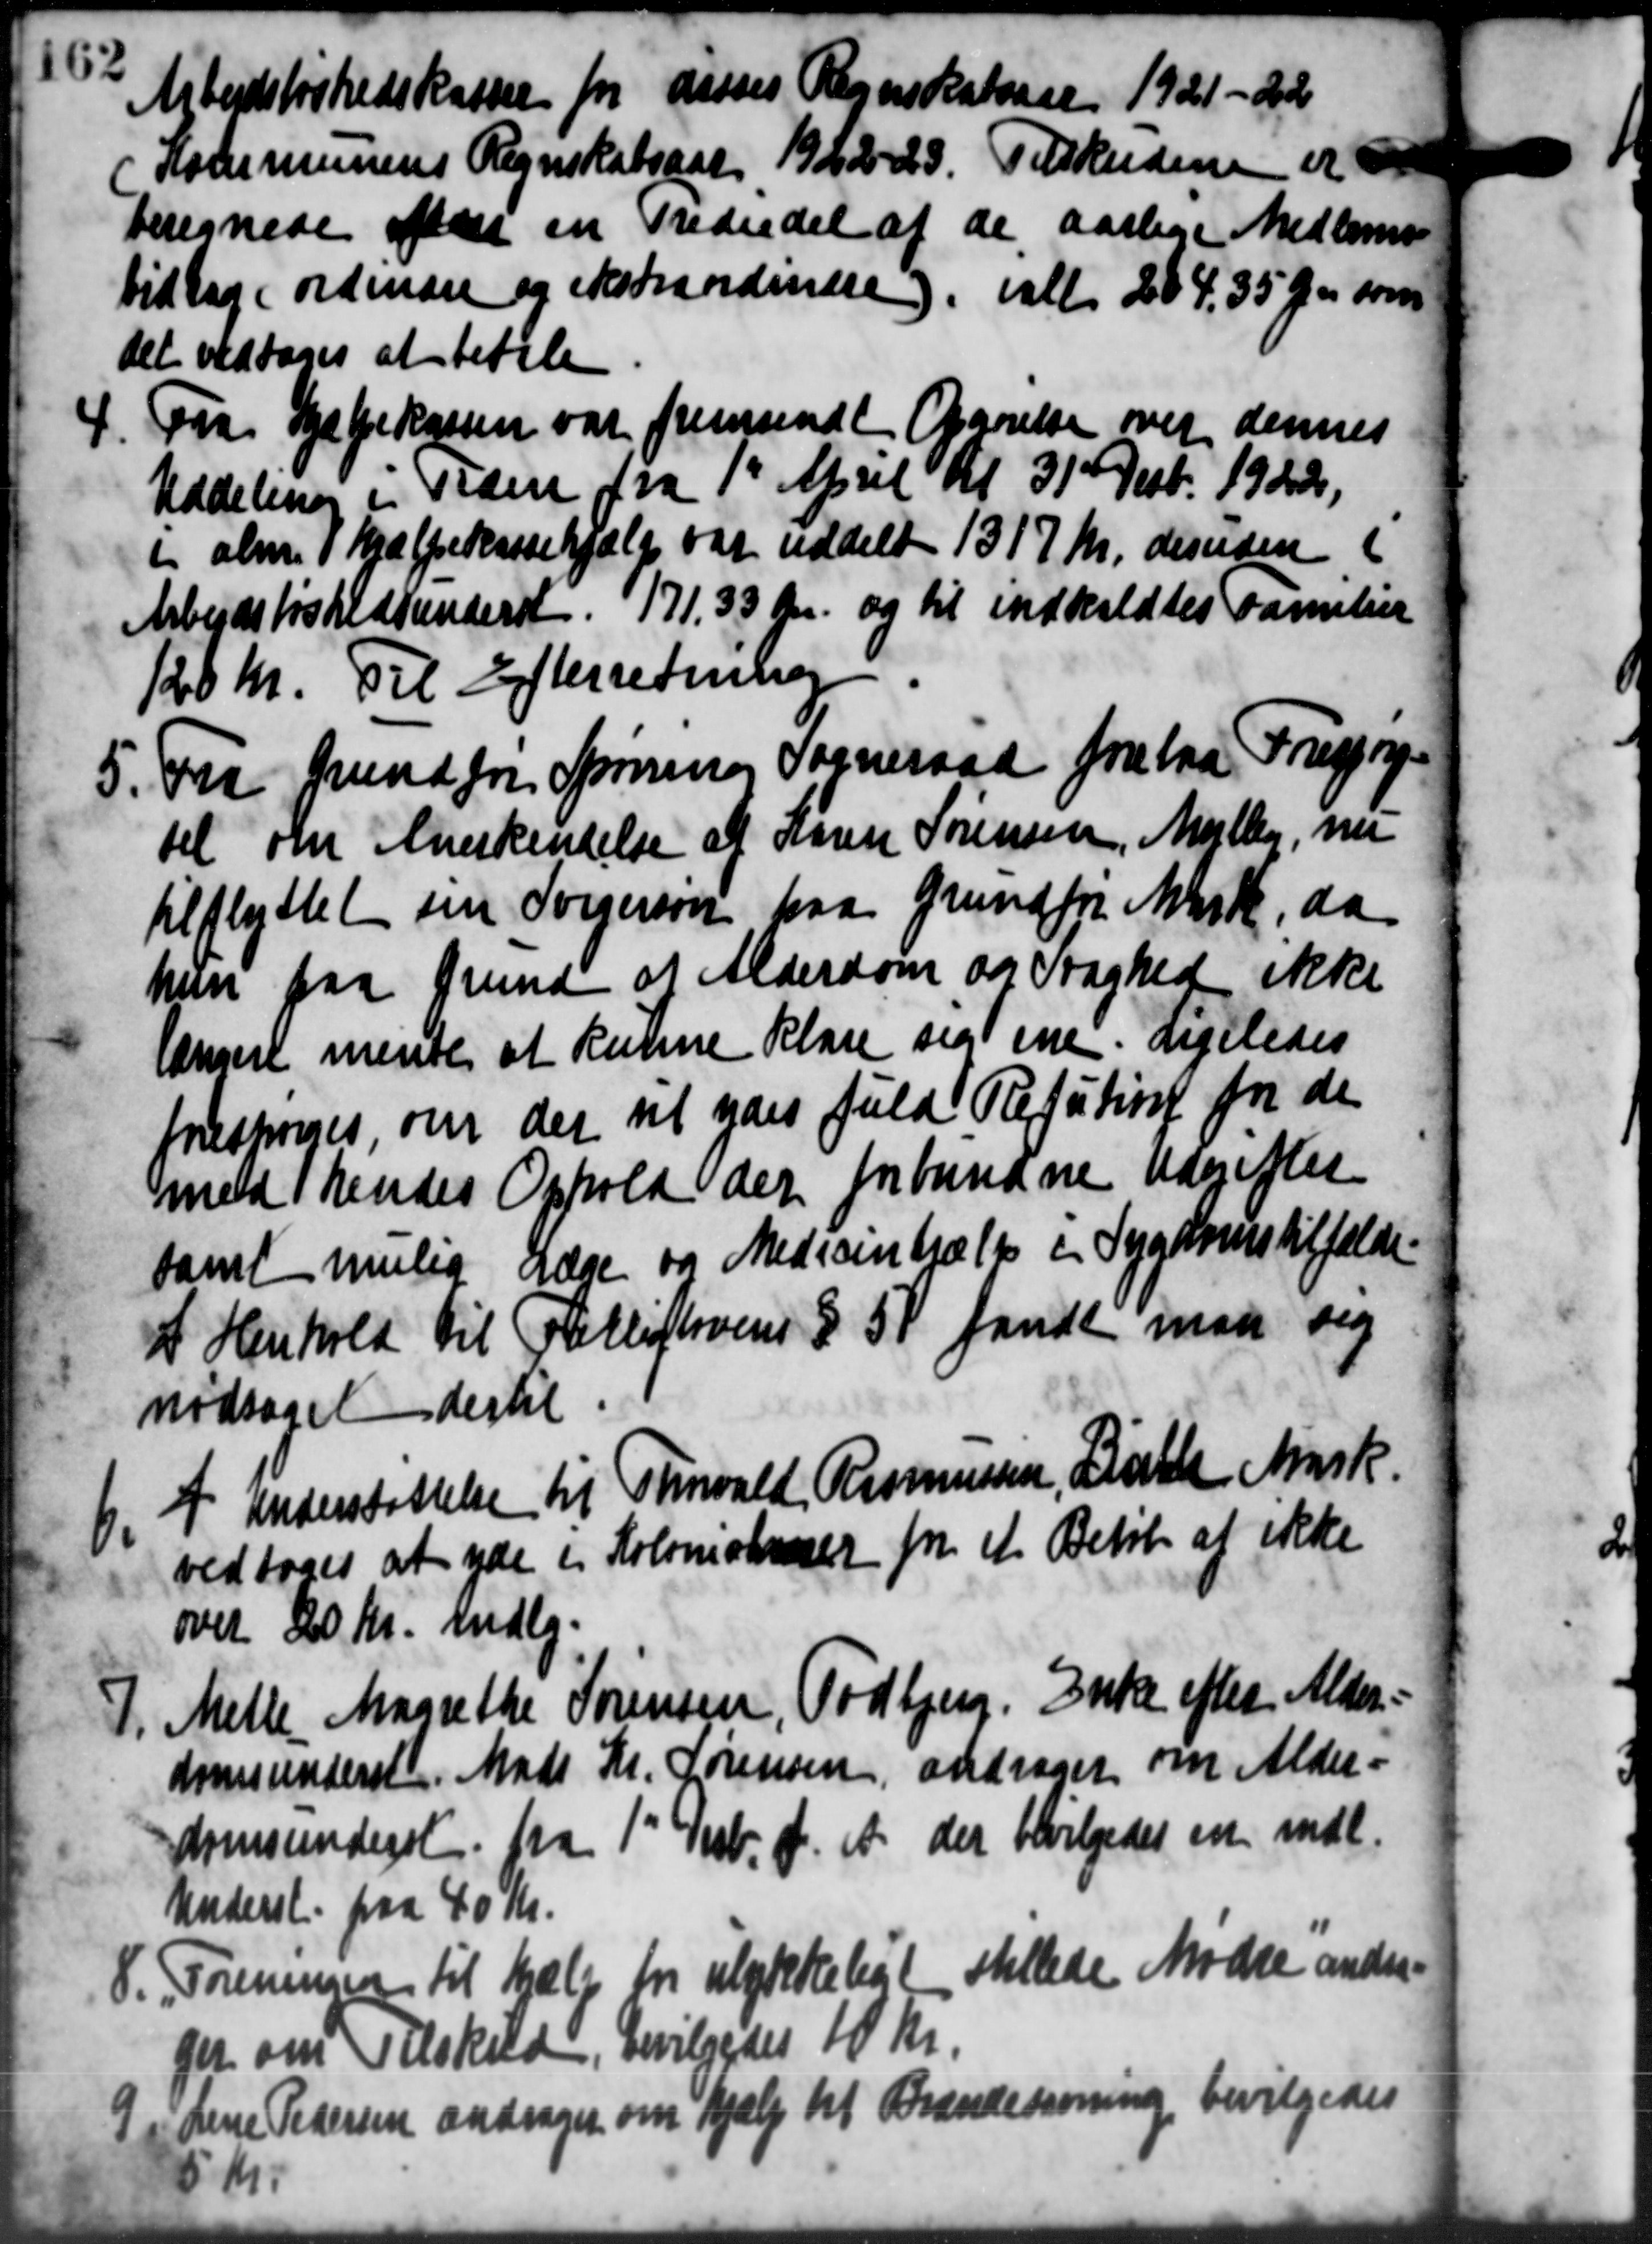
Transskription:
Arbejdsløshedskassen for disses Regnskabsaar 1921-22
Kommunens Regnskabsaar 1922-23. Tilskudene er
beregnede den en Trediedel af de aarlige Medlemmer
bidrag i ordinære og ekstraordinære), ialt 204, 35 Øre som
det vedtoges at betale
4. Fra Hjælpekassen var fremsendt Opgørelse over dennes
4. Fra Hjælpekassen var fremsendt Opgørelse over dennes
Uddeling i Tiden fra 1' April til 31 Decb. 1920,
i alm. i Hjælpekassehjælp var uddelt 1317 Kr. desuden i
Arbejdsløshedsunderst. 171,33 Øre og til indkaldtes Familier
120 Kr. Til Efterretning.
5. Fra Grundfor Spørring Sogneraad fra faa Forespørge
5. Fra Grundfor Spørring Sogneraad fra faa Forespørge
tel om Anerkendelse af Søren Sørensen, Mallig, nu
tilflyttet sin Sorgerson paa Grundfor Mark, da
hun paa Grund af Alderdom og Draghed ikke
længere mente at kunne klare sig ene. Ligeledes
forestones, om der at ydes fuld Refution for de
meldt hendes Ophold der forbundne Udgifter
samt mulig Læge og Medicintralt i Sygdomstilfælde
I Henhold til Ratlisterens § 50 fandt man sig
nødsaget dertil
6. I Understøttelse til Thorvald Rasmussen, Linthe Ansk.
6. I Understøttelse til Thorvald Rasmussen, Linthe Ansk.
vedtoges at yde i Kolomonser for et Beløb af ikke
over 20 Kr. mdlg.
7. Melle Margrethe Sørensen, Todbjerg. Enke efter Alder=
7. Melle Margrethe Sørensen, Todbjerg. Enke efter Alder=
domsunderst. Mads Kr. Sørensen, andrager om Alder=
domsunderst fra 1st Decb. d. A. der bevilgedes en mdl.
Underst. paa 40 Kr.
8.
Foreningen til Hjælp fra ulykkeligt stillede Møde anden
ger om Tilskud, bevilgedes 10 Kr.
9
Line Pedersen andrager om Hjælp til Brændevivning bevilgedes
5 Kr